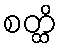
စတ္ထိ